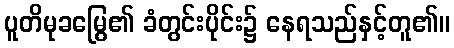
ပူတိမုခမြွေ၏ ခံတွင်းပိုင်း၌ နေရသည်နှင့်တူ၏။